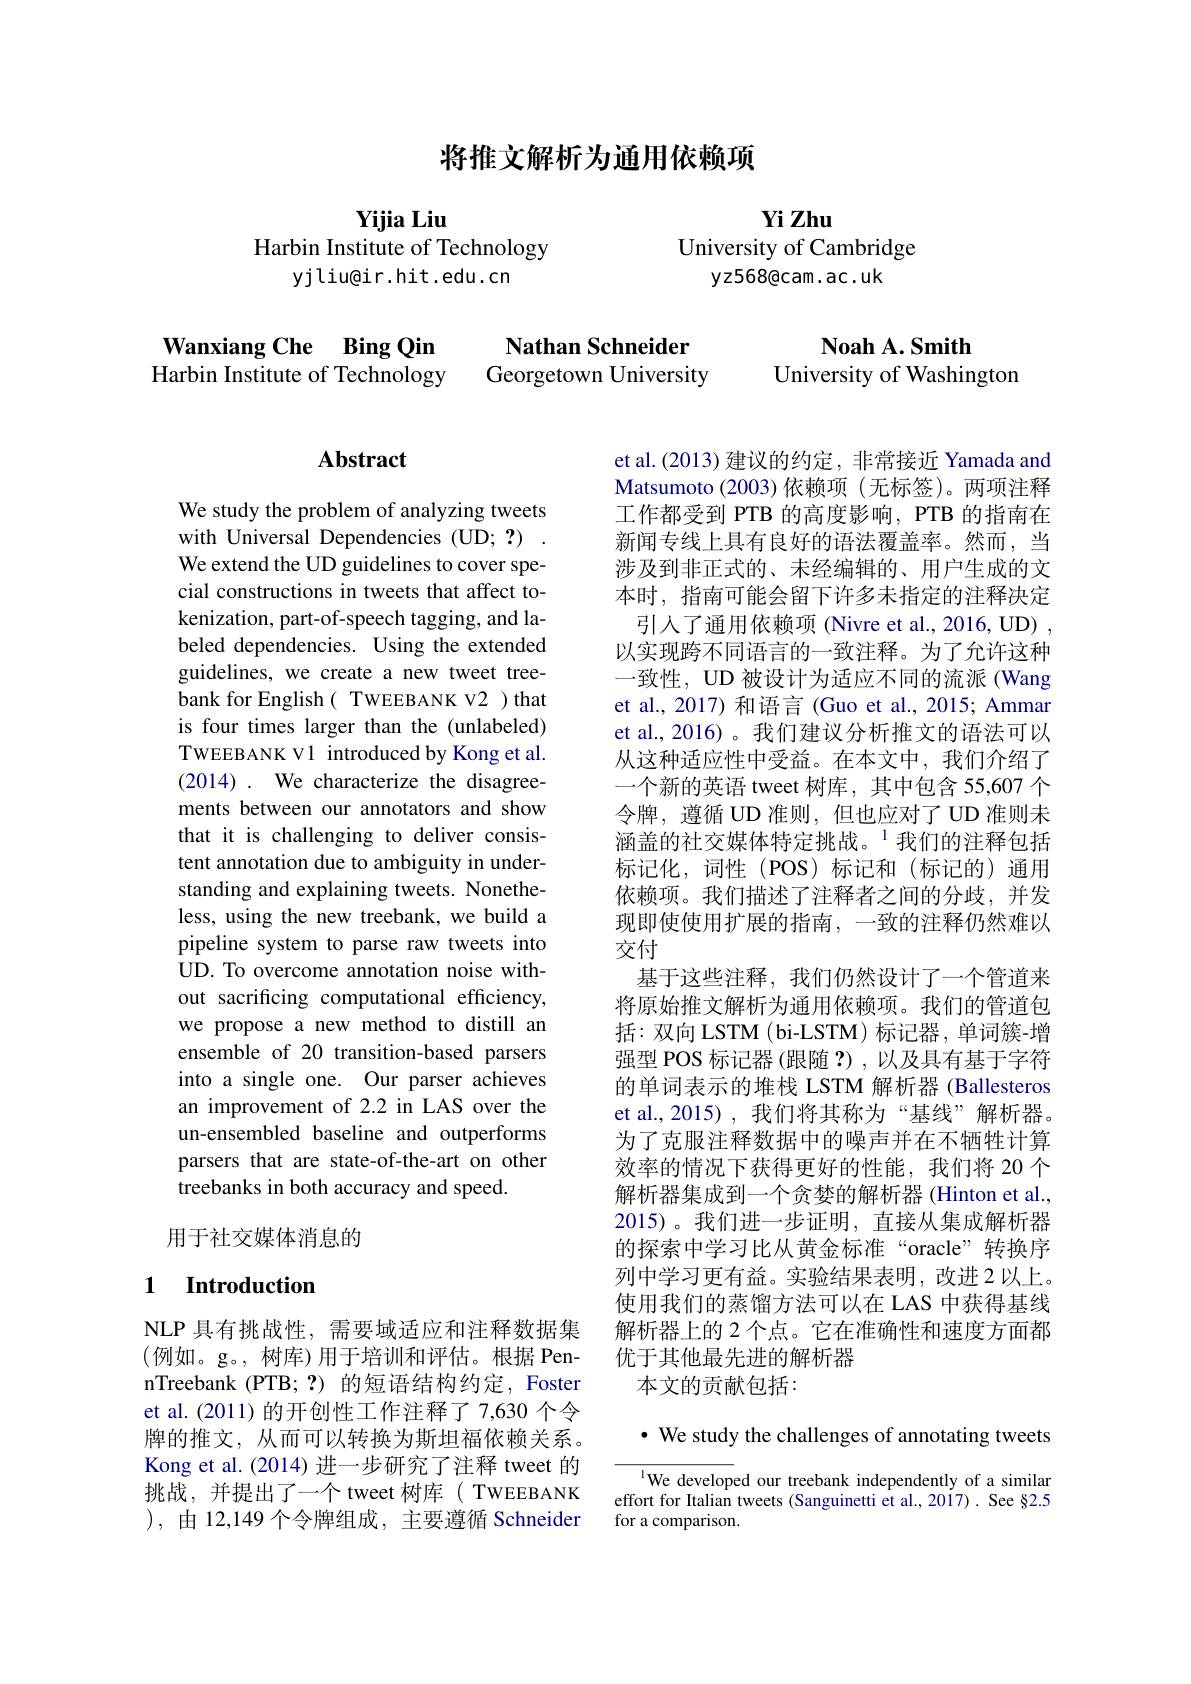
将推文解析为通用依赖项

$\mathbf{YijiaLiu}$
Harbin Institute of Technology
yjliu@ir.hit.edu.cn

Yi Zhu
University of Cambridge
yz568@cam.ac.uk

Wanxiang Che Bing Qin Harbin Institute of Technology

Nathan Schneider Georgetown University

$\mathbf{NoahA.Smith}$
University of Washington

Abstract

We study the problem of analyzing tweets with Universal Dependencies (UD; ?) We extend the UD guidelines to cover special constructions in tweets that affect tokenization, part-of-speech tagging, and labeled dependencies. Using the extended guidelines, we create a new tweet treebank for English( TWEEBANK V2 )that is four times larger than the (unlabeled) TWEEBANK V1 introduced by Kong et al. (2014). We characterize the disagreements between our annotators and show that it is challenging to deliver consistent annotation due to ambiguity in understanding and explaining tweets. Nonetheless, using the new treebank, we build a pipeline system to parse raw tweets into UD. To overcome annotation noise without sacrificing computational efficiency, we propose a new method to distill an ensemble of 20 transition-based parsers into a single one. Our parser achieves an improvement of 2.2 in LAS over the un-ensembled baseline and outperforms parsers that are state-of-the-art on other treebanks in both accuracy and speed.

用于社交媒体消息的

### 1 Introduction

NLP 具有挑战性，需要域适应和注释数据集(例如。g。,树库)用于培训和评估。根据 PennTreebank (PTB; ?)的短语结构约定，Foster et al.(2011)的开创性工作注释了7，630 个令牌的推文，从而可以转换为斯坦福依赖关系。Kong et al. (2014) 进一步研究了注释 tweet 的挑战，并提出了一个 tweet 树库( TWEEBANK ),由12，149个令牌组成，主要遵循 Schneider

et al.(2013) 建议的约定，非常接近 Yamada and Matsumoto (2003)依赖项(无标签)。两项注释工作都受到 PTB 的高度影响，PTB 的指南在新闻专线上具有良好的语法覆盖率。然而，当涉及到非正式的、未经编辑的、用户生成的文本时，指南可能会留下许多未指定的注释决定
引人了通用依赖项 (Nivre et al., 2016, UD) , 以实现跨不同语言的一致注释。为了允许这种一致性，UD 被设计为适应不同的流派(Wang et al., 2017) 和语言 (Guo et al., 2015; Ammar et al., 2016)。我们建议分析推文的语法可以从这种适应性中受益。在本文中，我们介绍了一个新的英语 tweet 树库，其中包含 55,607 个令牌，遵循 UD 准则，但也应对了 UD 准则未涵盖的社交媒体特定挑战。$^{1}$我们的注释包括标记化，词性(POS)标记和(标记的)通用依赖项。我们描述了注释者之间的分歧，并发现即使使用扩展的指南，一致的注释仍然难以交付
基于这些注释，我们仍然设计了一个管道来将原始推文解析为通用依赖项。我们的管道包括：双向LSTM(bi-LSTM)标记器，单词簇-增强型 POS 标记器(跟随 ?),以及具有基于字符的单词表示的堆栈 LSTM 解析器 (Ballesteros et al.,2015),我们将其称为“基线”解析器。为了克服注释数据中的噪声并在不牺牲计算效率的情况下获得更好的性能，我们将 20 个解析器集成到一个贪婪的解析器 (Hinton et al., 2015)。我们进一步证明，直接从集成解析器的探索中学习比从黄金标准“oracle”转换序列中学习更有益。实验结果表明，改进 2 以上。使用我们的蒸馏方法可以在 LAS 中获得基线解析器上的 2 个点。它在准确性和速度方面都优于其他最先进的解析器
本文的贡献包括：
· We study the challenges of annotating tweets

l We developed our treebank independently of a similar effort for Italian tweets (Sanguinetti et al.,2017) . See §2.5 for a comparison